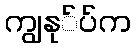
ကျွနု်ပ်က